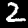
Digit: 2